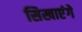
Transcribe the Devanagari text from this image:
सिखाएंगे